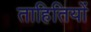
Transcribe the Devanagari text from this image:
ताहितियों